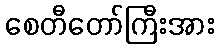
စေတီတော်ကြီးအား